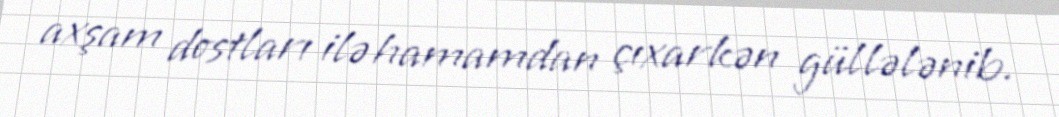
axşam dostları ilə hamamdan çıxarkən güllələnib.